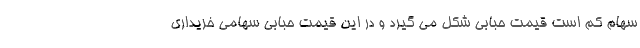
سهام کم است قیمت حبابی شکل می گیرد و در این قیمت حبابی سهامی خریداری